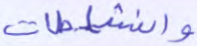
والناشطات